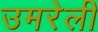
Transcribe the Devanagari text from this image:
उमरेली